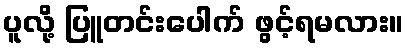
ပူလို့ ပြူတင်းပေါက် ဖွင့်ရမလား။